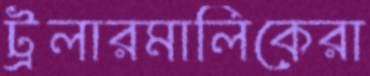
ট্রলারমালিকেরা